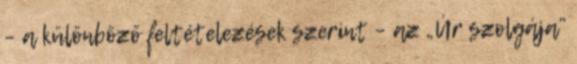
– a különböző feltételezések szerint – az „Úr szolgája”